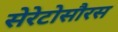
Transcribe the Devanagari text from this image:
सेरेटोसौरस